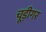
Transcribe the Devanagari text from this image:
चूड़ीगर